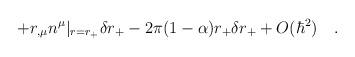
LaTeX: \begin{align*}+r_{,\mu}n^{\mu}|_{r=r_+}\delta r_+-2\pi(1-\alpha)r_+\delta r_+ +O(\hbar ^2)~~~.\end{align*}